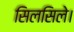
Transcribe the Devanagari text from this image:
सिलसिले।